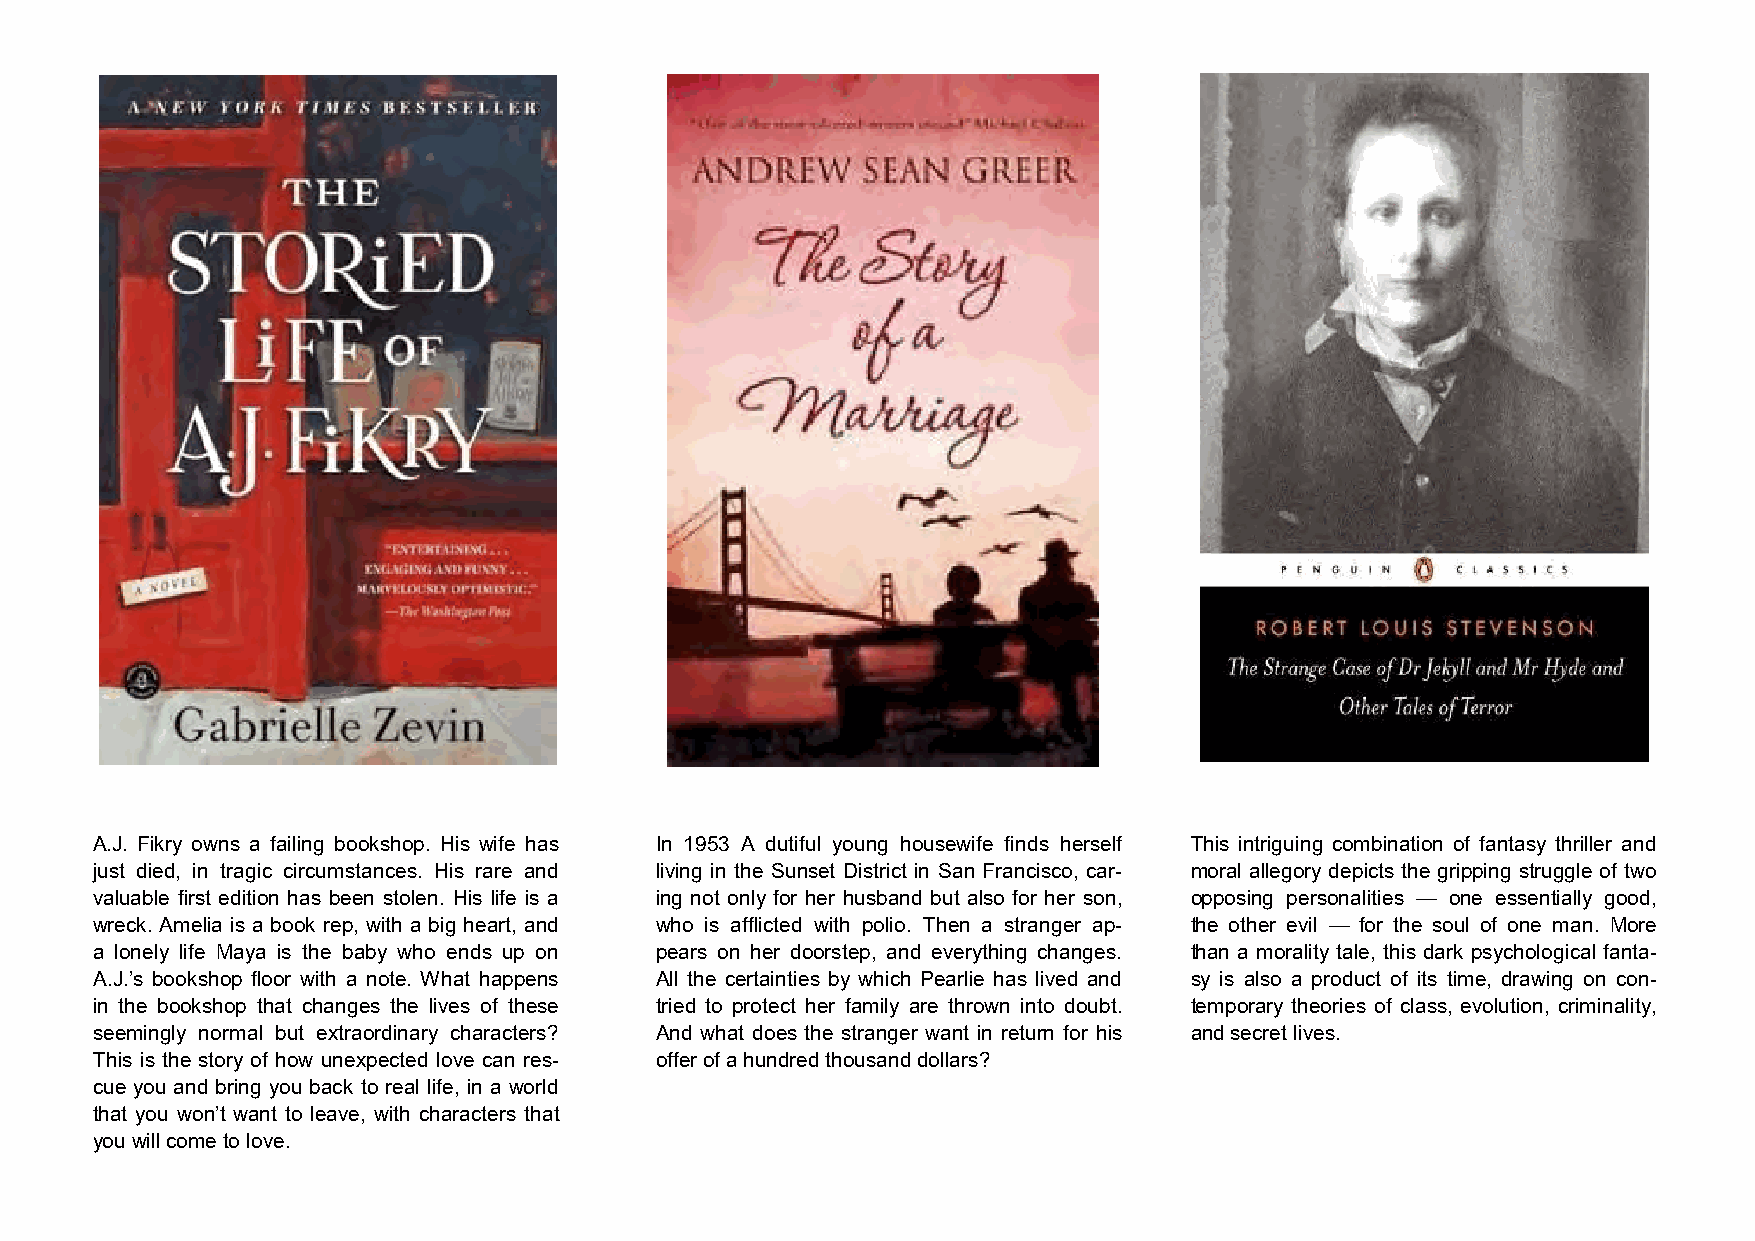
A.J. Fikry owns a failing bookshop. His wife has In 1953 A dutiful young housewife finds herself This intriguing combination of fantasy thriller and
 just died, in tragic circumstances. His rare and living in the Sunset District in San Francisco, car- moral allegory depicts the gripping struggle of two
 valuable first edition has been stolen. His life is a ing not only for her husband but also for her son, opposing personalities — one essentially good,
 wreck. Amelia is a book rep, with a big heart, and who is afflicted with polio. Then a stranger ap- the other evil — for the soul of one man. More
 a lonely life Maya is the baby who ends up on pears on her doorstep, and everything changes. than a morality tale, this dark psychological fanta-
 A.J.’s bookshop floor with a note. What happens All the certainties by which Pearlie has lived and sy is also a product of its time, drawing on con-
 in the bookshop that changes the lives of these tried to protect her family are thrown into doubt. temporary theories of class, evolution, criminality,
 seemingly normal but extraordinary characters? And what does the stranger want in return for his and secret lives.
 This is the story of how unexpected love can res- offer of a hundred thousand dollars?
 cue you and bring you back to real life, in a world
 that you won’t want to leave, with characters that
 you will come to love.